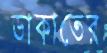
ডাকাতের